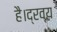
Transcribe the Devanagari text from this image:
है।द्रव्य